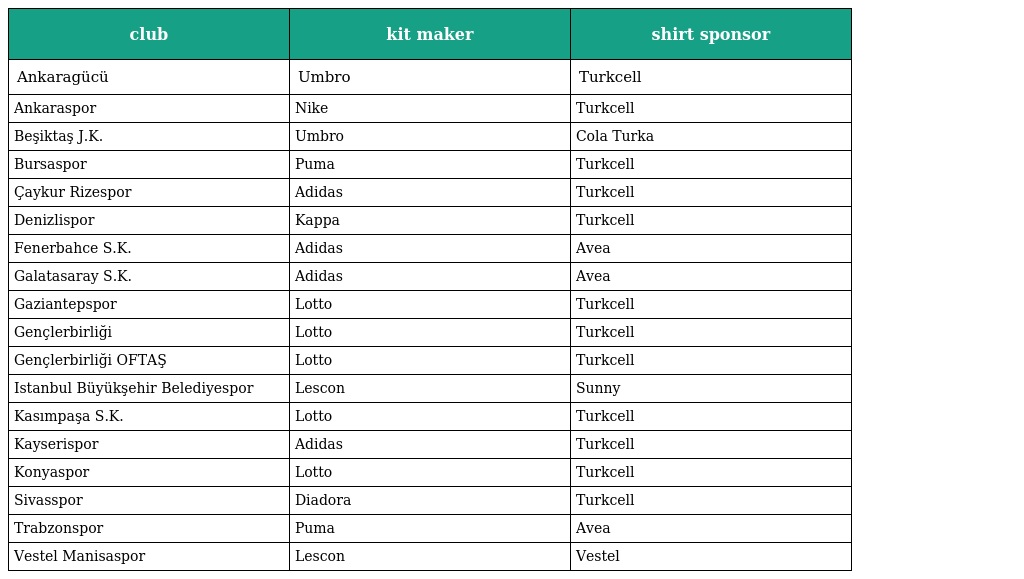
| club | kit maker | shirt sponsor |
 | --- | --- | --- |
 | Ankaragücü | Umbro | Turkcell |
 | Ankaraspor | Nike | Turkcell |
 | Beşiktaş J.K. | Umbro | Cola Turka |
 | Bursaspor | Puma | Turkcell |
 | Çaykur Rizespor | Adidas | Turkcell |
 | Denizlispor | Kappa | Turkcell |
 | Fenerbahce S.K. | Adidas | Avea |
 | Galatasaray S.K. | Adidas | Avea |
 | Gaziantepspor | Lotto | Turkcell |
 | Gençlerbirliği | Lotto | Turkcell |
 | Gençlerbirliği OFTAŞ | Lotto | Turkcell |
 | Istanbul Büyükşehir Belediyespor | Lescon | Sunny |
 | Kasımpaşa S.K. | Lotto | Turkcell |
 | Kayserispor | Adidas | Turkcell |
 | Konyaspor | Lotto | Turkcell |
 | Sivasspor | Diadora | Turkcell |
 | Trabzonspor | Puma | Avea |
 | Vestel Manisaspor | Lescon | Vestel |